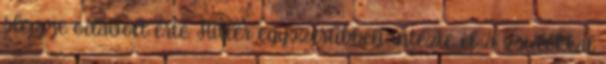
sleppje odavolt érte. Hitler egyszerűbben intézte el: a zsidókkal